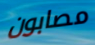
مصابون